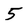
Character: 5